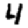
Digit: 4